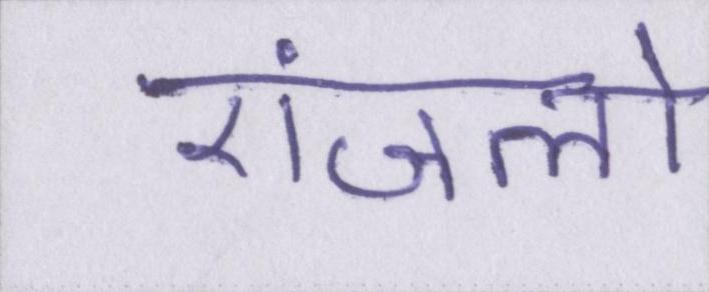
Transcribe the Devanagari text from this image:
एंजलो